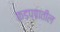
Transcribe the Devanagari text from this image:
कडप्पातील